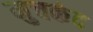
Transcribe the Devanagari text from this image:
मुचकंद